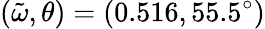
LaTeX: (\tilde{\omega},\theta)=(0.516,55.5^{\circ})